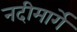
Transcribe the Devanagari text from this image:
नदीमार्गे